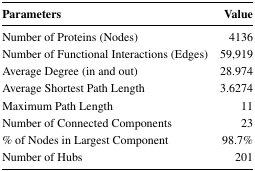
| Parameters | Value |
 | --- | --- |
 | Number of Proteins (Nodes) | 4136 |
 | Number of Functional Interactions (Edges) | 59,919 |
 | Average Degree (in and out) | 28.974 |
 | Average Shortest Path Length | 3.6274 |
 | Maximum Path Length | 11 |
 | Number of Connected Components | 23 |
 | % of Nodes in Largest Component | 98.7% |
 | Number of Hubs | 201 |